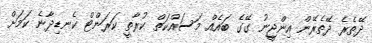
ދޭތެރެ ދޭތެރޭން އިންޖީނު ގޭގެ ބައެއް މަސައްކަތް ކުރާތީ ކަރަންޓް ކެނޑިދާނެ ކަމަށް